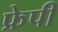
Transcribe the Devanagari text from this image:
फ्रेपी